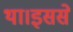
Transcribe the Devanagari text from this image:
था।इससे